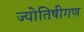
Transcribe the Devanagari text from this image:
ज्योतिषीगण